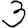
Digit: 3